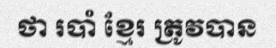
ថា របាំ ខ្មែរ ត្រូវបាន